Report of cholera committee
Disease focus: Cholera
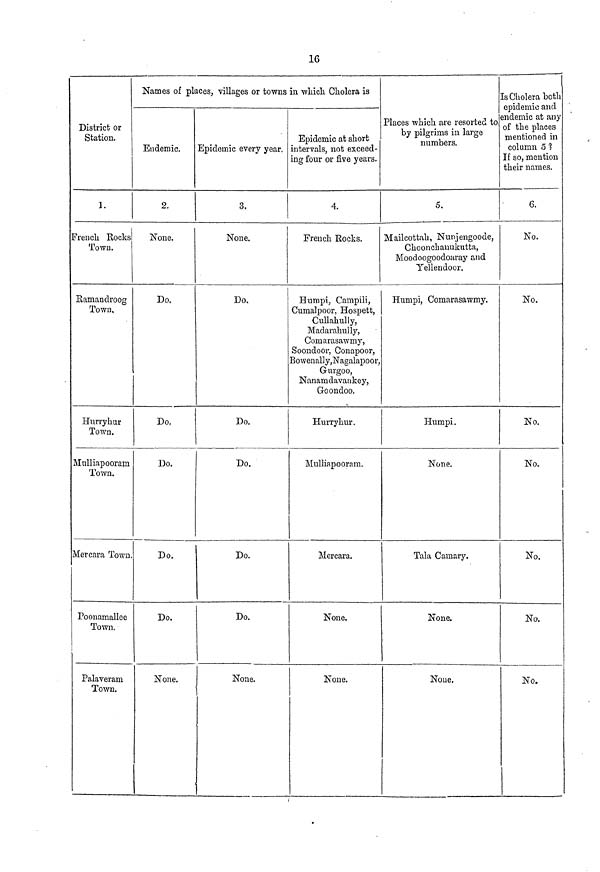
16
District or
Station.
1.
French Rocks
Town.
Ramandroog
Town,
Hurryhur
Town.
Mulliapooram
Town.
Mercara Town.
Poonamallee
Town.
Palaveram
Town.
Names of places, villages or towns
Endemic.
2.
None.
Do.
Do.
Do.
Do.
Do.
None.
Epidemic every year.
3.
None.
Do,
Do.
Do.
Do.
Do.
None.
in -winch Cholera is
Epidemic at short .
intervals, not exceed-
ing four or five years.
4.
French Rocks.
Humpi, Campili,
Cumalpoor, Hospett,
Cullahully,
Madarahully,
Comarasawmy,
Soondoor, Conapoor,
Bowenally,Nagala23oor,
Gurgoo,
Nanamdavankey,
Goondoo.
Hurryhur.
Mulliapooram.
Mercara.
None.
None.
Places which are resorted to
by pilgrims in large
numbers
5.
Mailcottah, Nunjengoode,
Choonebanukutta,
Moodoogoodoaray and
Yellendoor.
Humpi, Comarasawmy.
Humpi.
None.
Tala Camary.
None.
None.
Is Cholera both
epidemic and
endemic at any
of the places
mentioned in
column 5 %
If so, mention
their names.
6.
No.
No.
No.
No.
No.
No.
No.